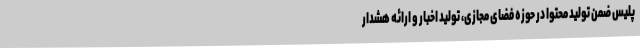
پلیس ضمن تولید محتوا در حوزه فضای مجازی، تولید اخبار و ارائه هشدار